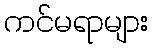
ကင်မရာများ